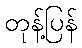
တုန့်ပြန်